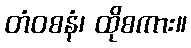
တံဝစနံ၊ ထိုစကား။